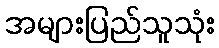
အများပြည်သူသုံး